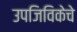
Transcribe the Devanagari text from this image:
उपजिविकेचे